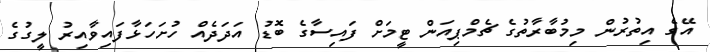
އޭގެ އިތުރުން މިމުބާރާތުގެ ޗެމްޕިއަން ޓީމަށް ފައިސާގެ ބޮޑު އަދަދެއް ހުށަހަޅާފައިވާއިރު ލީގުގެ